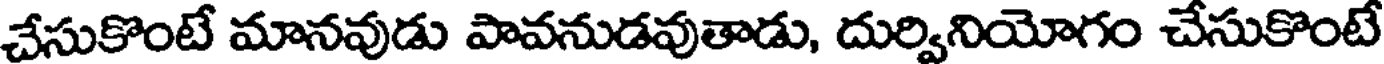
చేసుకొంటే మానవుడు పావనుడవుతాడు, దుర్వినియోగం చేసుకొంటే